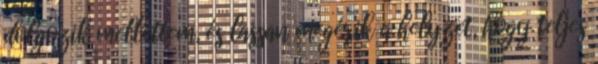
dolgozik mellettem, és lassan megérik a helyzet, hogy teljes